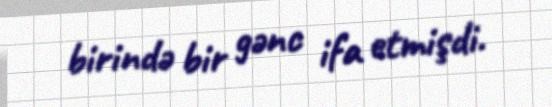
birində bir gənc ifa etmişdi.